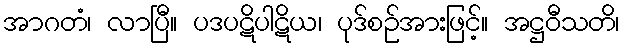
အာဂတံ၊ လာပြီ။ ပဒပဋိပါဋိယ၊ ပုဒ်စဉ်အားဖြင့်။ အဋ္ဌဝီသတိ၊